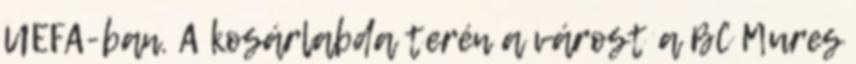
UEFA-ban. A kosárlabda terén a várost a BC Mures